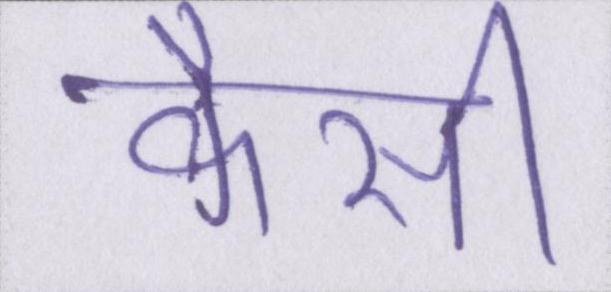
कैसी